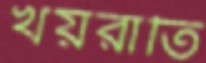
খয়রাতি